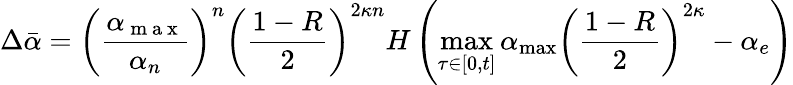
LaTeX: \Delta\bar{\alpha}=\left(\frac{\alpha_{\mathrm{~m~a~x~}}}{\alpha_{n}}\right)^{n}\left(\frac{1-R}{2}\right)^{2\kappa n}H\left(\operatorname*{max}_{\tau\in[0,t]}\alpha_{\mathrm{max}}\left(\frac{1-R}{2}\right)^{2\kappa}-\alpha_{e}\right)